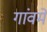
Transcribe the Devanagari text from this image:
गांवमें